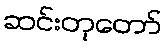
ဆင်းတုတော်